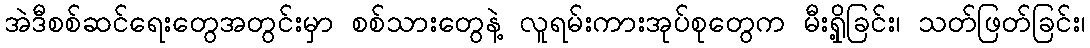
အဲဒီစစ်ဆင်ရေးတွေအတွင်းမှာ စစ်သားတွေနဲ့ လူရမ်းကားအုပ်စုတွေက မီးရှို့ခြင်း၊ သတ်ဖြတ်ခြင်း၊